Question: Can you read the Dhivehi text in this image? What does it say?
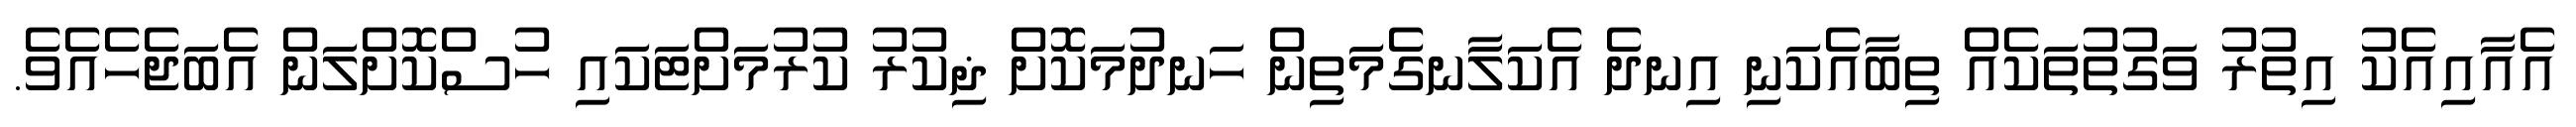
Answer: އެއާއިއެކު އިތުރު ވަގުތުތަކެއް ތިބާއެކަނި އިނދެ އެކަލާނގެމަތިން ހަނދުމަކޮށް ޛިކުރު ކުރުމަށްޓަކައި ހުސްކޮށްލަން އެބަޖެހެއެވެ.